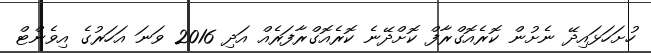
ހުށަހަޅައިދޭ ނެށުން ކޮރެއޮގްރާފް ކޮށްދޭނެ ކޮރެއޮގްރާފަރެއް އަދި 2016 ވަނަ އަހަރުގެ އިވެންޓް